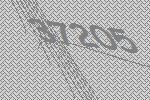
37205